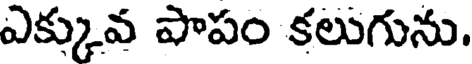
ఎక్కువ పాపం కలుగును.